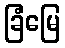
ခြံမြေ